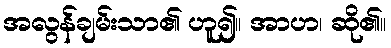
အလွန်ချမ်းသာ၏ ဟူ၍။ အာဟ၊ ဆို၏။